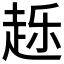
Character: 𰷴